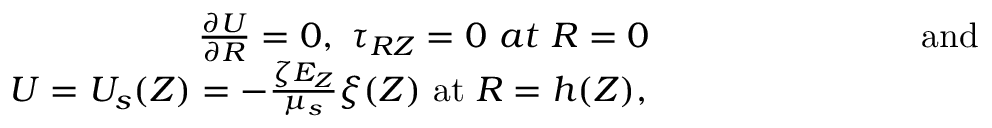
\begin{array} { r } { \frac { \partial U } { \partial R } = 0 , ~ \tau _ { R Z } = 0 ~ a t ~ R = 0 ~ ~ ~ ~ ~ ~ ~ ~ ~ ~ ~ ~ ~ ~ ~ ~ ~ ~ ~ ~ ~ ~ ~ \mathrm { a n d ~ ~ ~ } } \\ { U = U _ { s } ( Z ) = - \frac { \zeta E _ { Z } } { \mu _ { s } } \xi ( Z ) ~ \mathrm { a t } ~ R = h ( Z ) , ~ ~ ~ ~ ~ ~ ~ ~ ~ ~ ~ ~ ~ ~ ~ ~ ~ ~ ~ ~ ~ ~ ~ ~ ~ ~ ~ ~ ~ ~ ~ } \end{array}